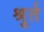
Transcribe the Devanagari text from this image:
श्रुर्त